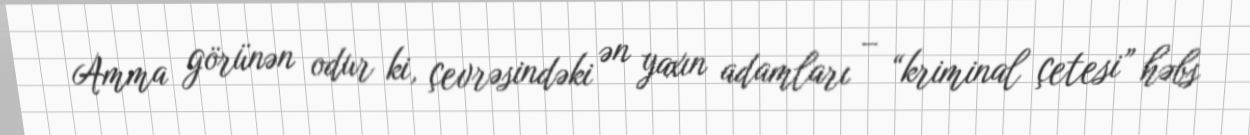
Amma görünən odur ki, çevrəsindəki ən yaxın adamları – “kriminal çetesi” həbs